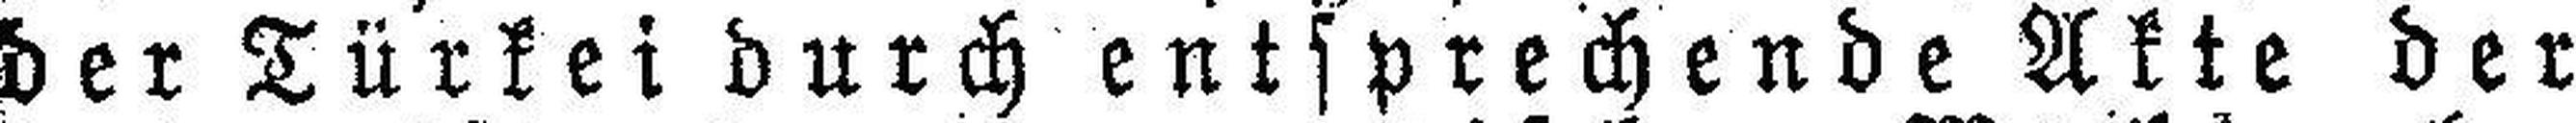
der Türkei durch entsprechende Akte der